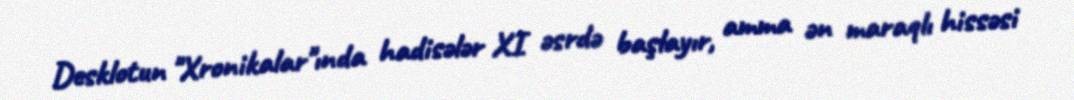
Desklotun "Xronikalar"ında hadisələr XI əsrdə başlayır, amma ən maraqlı hissəsi